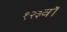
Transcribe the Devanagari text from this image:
१२३वॉ